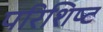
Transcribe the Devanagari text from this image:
परिशिष्‍ट